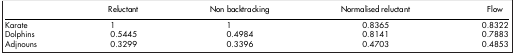
<table><thead><tr><td><b> </b></td><td><b>Reluctant</b></td><td><b>Non backtracking</b></td><td><b>Normalised reluctant</b></td><td><b>Flow</b></td></tr></thead><tbody><tr><td>Karate</td><td>1</td><td>1</td><td>0.8365</td><td>0.8322</td></tr><tr><td>Dolphins</td><td>0.5445</td><td>0.4984</td><td>0.8141</td><td>0.7883</td></tr><tr><td>Adjnouns</td><td>0.3299</td><td>0.3396</td><td>0.4703</td><td>0.4853</td></tr></tbody></table>